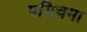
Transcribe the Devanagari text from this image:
पयिचमा